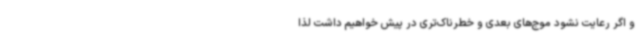
و اگر رعایت نشود موج‌های بعدی و خطرناک‌تری در پیش خواهیم داشت لذا